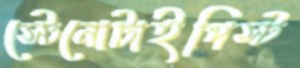
স্টেনোটাইপিস্ট